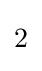
{\begin{matrix}2\end{matrix}}